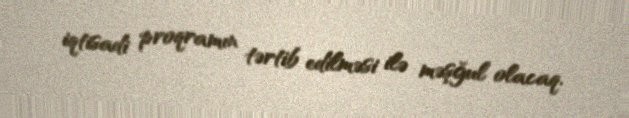
iqtisadi proqramın tərtib edilməsi ilə məşğul olacaq.